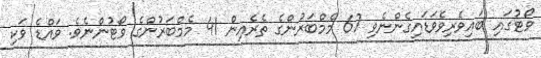
ވޯޓުގައި ބައިވެރިވެވަޑައިގެންނެވި 67 މެމްބަރުންގެ ތެރެއިން 41 މެމްބަރުންގެ ވޯޓުންނެވެ. ވައްޑެ ވަކި